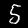
Digit: 5